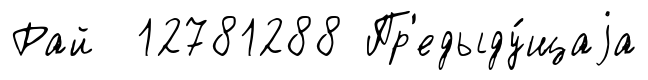
Рай 12781288 Пр'едыду́щаjа